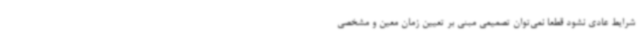
شرایط عادی نشود قطعاً نمی‌توان تصمیمی مبنی بر تعیین زمان معین و مشخصی